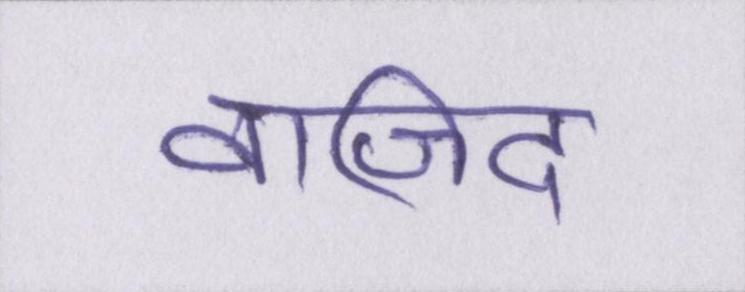
वाजिद